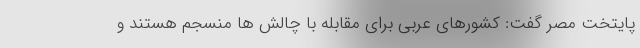
پایتخت مصر گفت: کشورهای عربی برای مقابله با چالش ها منسجم هستند و